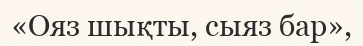
«Ояз шықты, сыяз бар»,